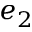
e _ { 2 }